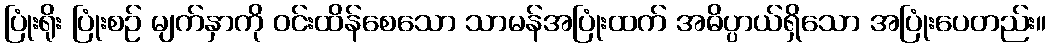
ပြုံးရိုး ပြုံးစဉ် မျက်နှာကို ဝင်းထိန်စေသော သာမန်အပြုံးထက် အဓိပ္ပာယ်ရှိသော အပြုံးပေတည်း။